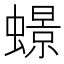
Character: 𧑊